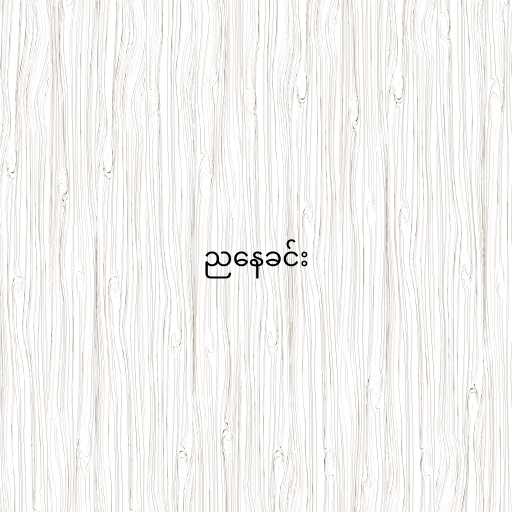
ညနေခင်း